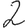
Digit: 2